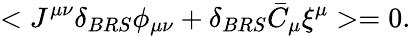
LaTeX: <J^{\mu\nu}\delta_{BRS}\phi_{\mu\nu}+\delta_{BRS}\bar{C}_{\mu}\xi^{\mu}>=0.